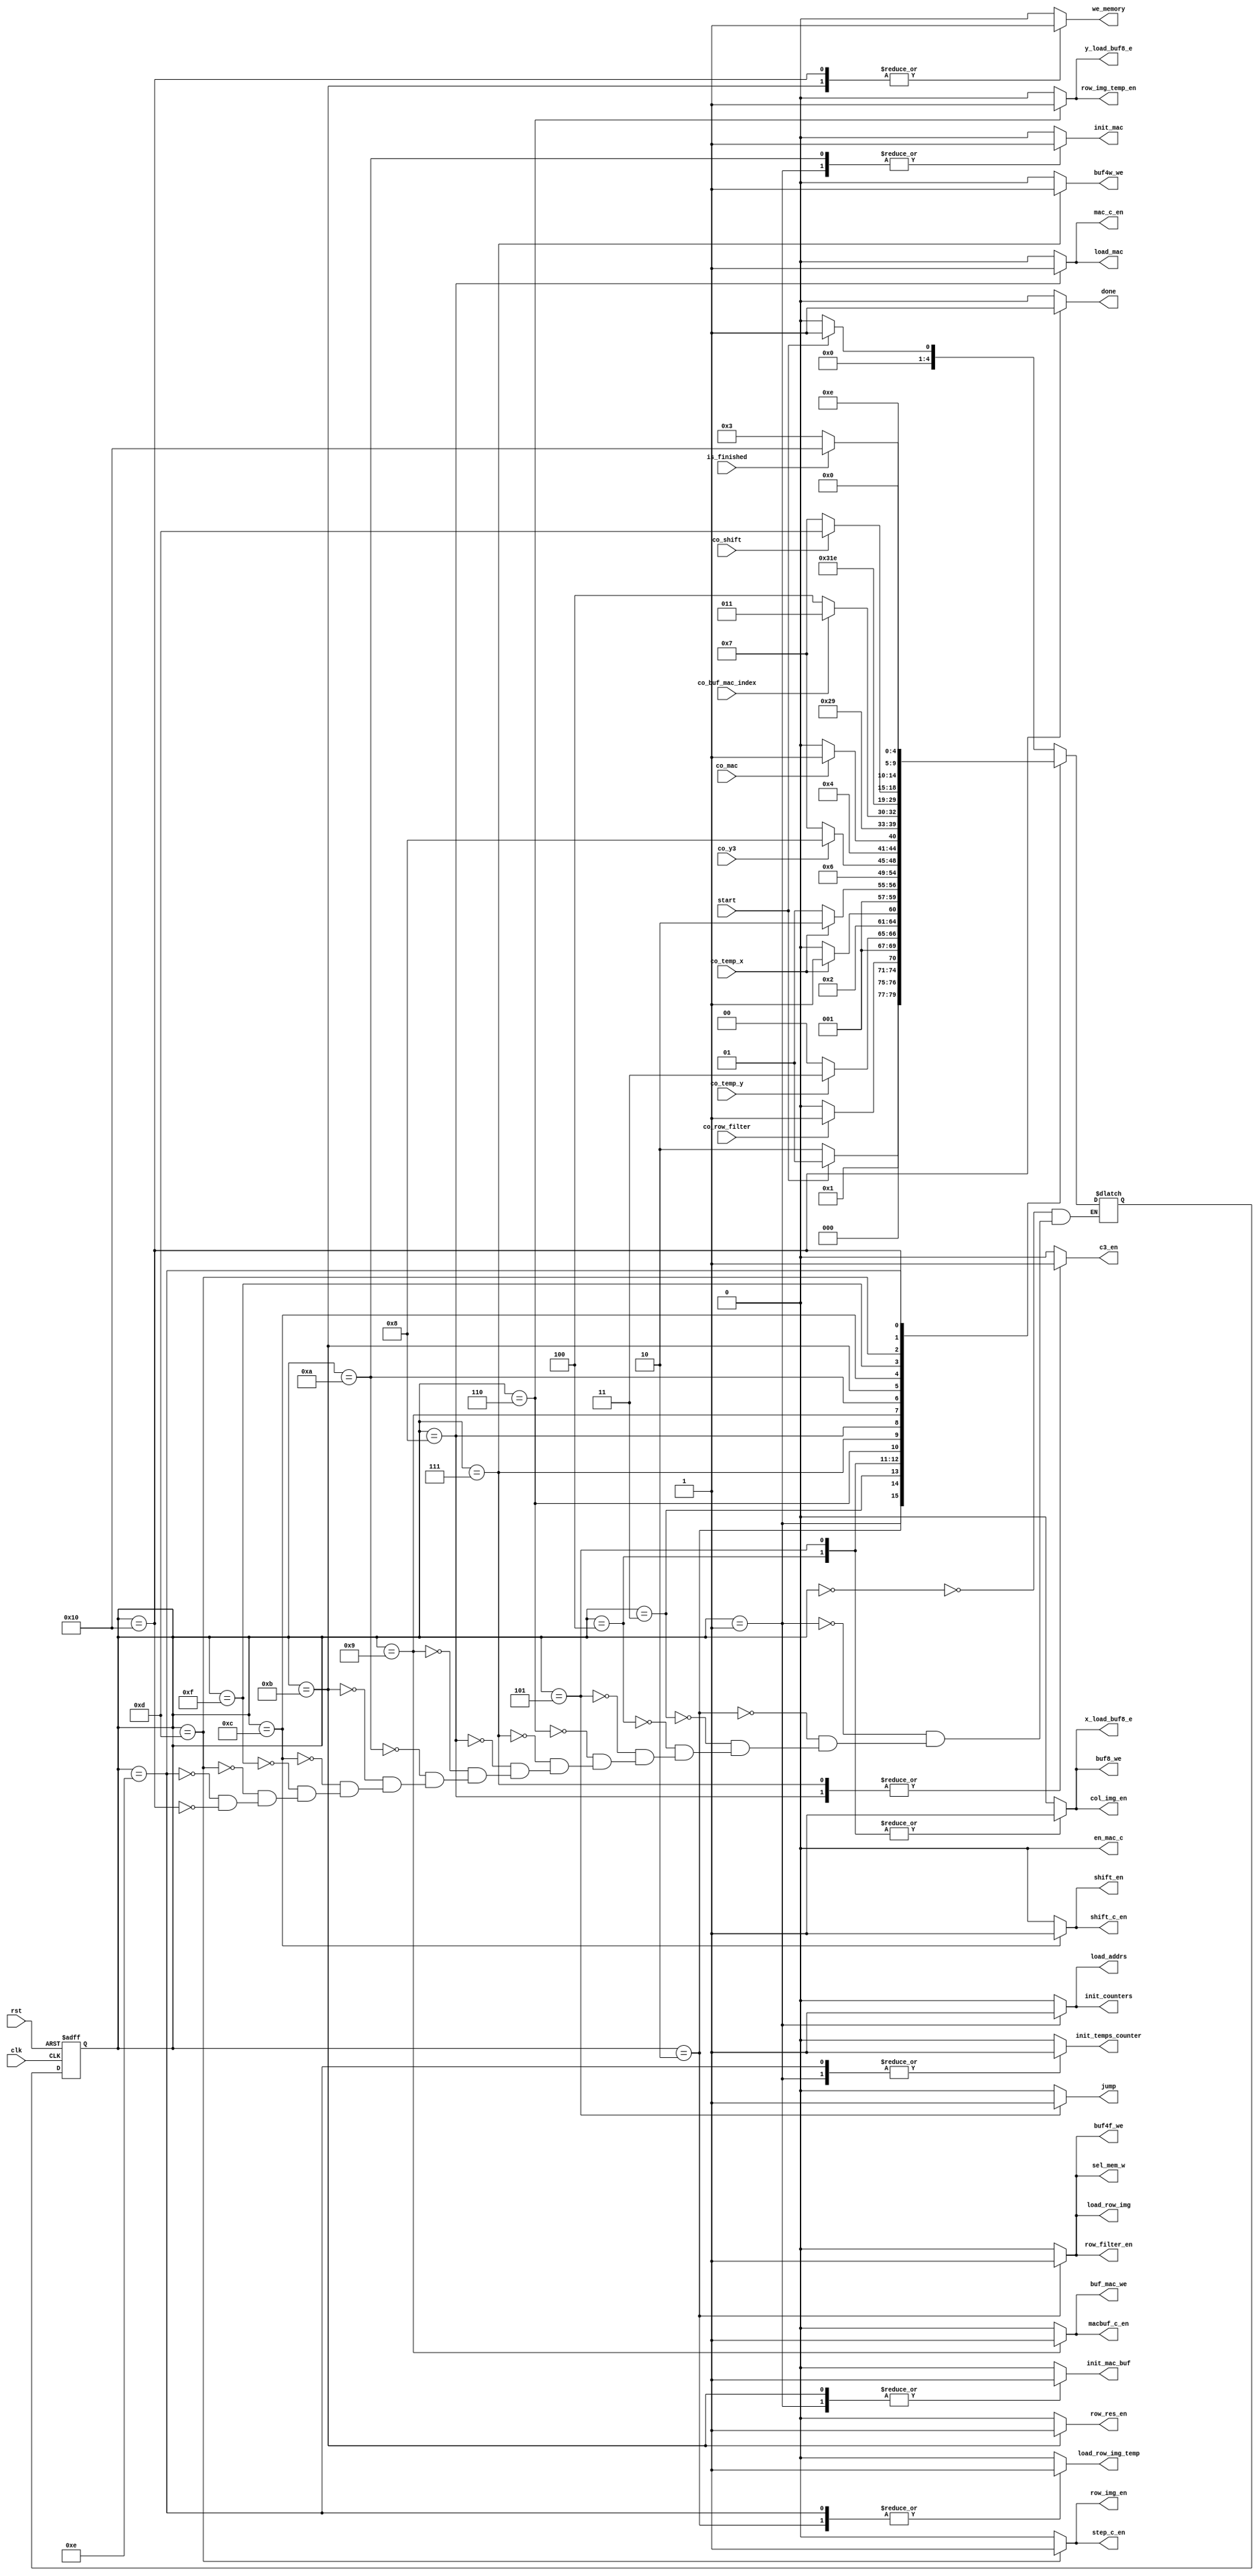
`define idle 5'b00000
`define init 5'b00001
`define load_filter 5'b00010
`define check_load8 5'b00011
`define load_8_x1 5'b00100
`define load_8_x2 5'b00101
`define nex_row8 5'b00110
`define load_buf4x4 5'b00111
`define mac 5'b01000
`define wb_buf_mac 5'b01001
`define idk 5'b01010
`define wb_memory 5'b01011
`define shift 5'b01100
`define next_row_img 5'b01101
`define check 5'b01110
`define check_shift 5'b01111
`define done 5'b10000


module controller(
    input clk,
    input rst,
    input start,
    input is_finished,
    input co_row_filter,
    input co_temp_y,
    input co_temp_x,
    input co_y3,
    input co_mac,
    input co_buf_mac_index,
    input co_shift,
    output reg load_addrs,
    output reg load_row_img,
    output reg load_row_img_temp,
    output reg row_img_temp_en,
    output reg row_img_en,
    output reg init_counters,
    output reg init_temps_counter,
    output reg col_img_en,
    output reg row_filter_en,
    output reg row_res_en,
    output reg sel_mem_w,
    output reg buf8_we,
    output reg buf4w_we,
    output reg buf4f_we,
    output reg shift_en,
    output reg y_load_buf8_e,
    output reg x_load_buf8_e,
    output reg mac_c_en,
    output reg macbuf_c_en,
    output reg shift_c_en,
    output reg jump,
    output reg c3_en,
    output reg load_mac,
    output reg init_mac,
    output reg en_mac_c,
    output reg step_c_en,
    output reg init_mac_buf,
    output reg buf_mac_we,
    output reg we_memory,
    output reg done
);
    reg[4:0] ns =`idle;
    reg[4:0] ps =`idle;

    always @(ps) begin 
        {load_addrs, load_row_img, init_counters, row_img_en, row_filter_en, row_res_en, row_img_temp_en} <= 7'b0;
        {sel_mem_w, buf8_we, buf4w_we, buf4f_we, shift_en, y_load_buf8_e, macbuf_c_en, done} <= 8'b0;
        {x_load_buf8_e, mac_c_en, jump, c3_en, load_mac, init_mac, shift_c_en, load_row_img_temp} <= 8'b0;
        {en_mac_c, step_c_en, init_mac_buf, buf_mac_we, we_memory, col_img_en, init_temps_counter} <= 7'b0;
        case(ps)
            `idle: begin end 
            `init: begin  
                init_counters <= 1'b1;
                        init_mac <= 1'b1;
                        init_mac_buf <= 1'b1;
                    load_addrs <= 1'b1;
                    init_temps_counter <= 1'b1;
                     end
            `load_filter: begin 
                    row_filter_en <= 1'b1;
                    buf4f_we <= 1'b1;
                    sel_mem_w <= 1'b1;
                    load_row_img <= 1'b1;
                    load_row_img_temp <= 1'b1;
                end
            `load_8_x1: begin
                    col_img_en <= 1'b1;
                    x_load_buf8_e <= 1'b1;
                    buf8_we <= 1'b1;
                end
            `load_8_x2: begin
                x_load_buf8_e <= 1'b1;
                col_img_en <= 1'b1;
                buf8_we <= 1'b1;
                jump <= 1;
            end
            `nex_row8: begin 
                row_img_temp_en <= 1'b1;
                y_load_buf8_e <= 1'b1;
             end
            `load_buf4x4: begin
                c3_en <=1'b1;
                buf4w_we <= 1'b1;
            end
            `mac: begin
                load_mac <= 1'b1;
                c3_en <=1'b1;
                mac_c_en <= 1'b1;
            end
            `wb_buf_mac: begin                 
                buf_mac_we <= 1'b1;
                macbuf_c_en <= 1'b1;
            end
            `idk: begin 
                init_mac <= 1'b1;
            end
            `wb_memory: begin
                we_memory <= 1'b1;
                row_res_en <= 1'b1;
                init_mac_buf <= 1'b1;
             end
            `shift:
            begin 
                shift_c_en <= 1'b1;
                shift_en <= 1'b1;
            end
            `check_shift: begin  end
            `next_row_img: begin 
                row_img_en <= 1'b1;
                step_c_en <= 1'b1;
            end
            `check: begin
                    init_temps_counter <= 1'b1;
                    load_row_img_temp <= 1'b1;
            end
            `done: begin done <= 1'b1;
            we_memory <= 1'b1;
            end
        endcase
    end

    always @(start, is_finished, ps, co_row_filter, co_temp_y, co_temp_x, co_y3, co_mac, co_buf_mac_index, co_shift) begin
        case(ps)
            `idle: ns <= start ? `init : `idle;
            `init: ns <= start ? `init : `load_filter;
            `load_filter: ns <= co_row_filter ? `check_load8 : `load_filter;
            `check_load8: ns <= co_temp_y ? `load_buf4x4: `load_8_x1;
            `load_8_x1: ns <=   co_temp_x ? `load_8_x2 : `load_8_x1;
            `load_8_x2:  ns <= co_temp_x ? `nex_row8 : `load_8_x2;
            `nex_row8: ns <= `check_load8;
            `load_buf4x4: ns <= co_y3? `mac : `load_buf4x4;
            `mac: ns <= co_mac ? `wb_buf_mac : `mac;
            `wb_buf_mac : ns <= `idk;
            `idk:  ns <= co_buf_mac_index ? `wb_memory : `shift;
            `wb_memory: ns <= `shift;
            `shift : ns <= `check_shift;
            `check_shift: ns <=  co_shift ? `next_row_img : `load_buf4x4;
            `next_row_img: ns <= `check;
            `check : ns <= is_finished ? `done : `check_load8;
            `done: ns <= `idle;
        endcase
    end

    always @(posedge clk, posedge rst) begin
        if (rst)
            ps <= `idle;
        else
            ps <= ns;
     end

endmodule